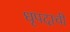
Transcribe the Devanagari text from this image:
धृपदाची